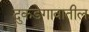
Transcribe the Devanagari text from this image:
दुकडेगावातील